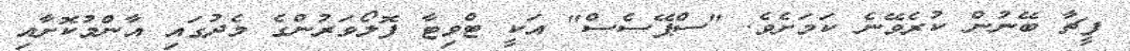
ފީޗާ ބޭނުން ކުރެވޭނެ ކަމަށެވެ. "ސްޕޭސެސް" އަކީ ޓްވިޓާ ފޮލޯވަރުންގެ މެދުގައި އާންމުކޮށާއި